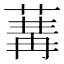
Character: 𦵷